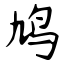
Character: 鸠